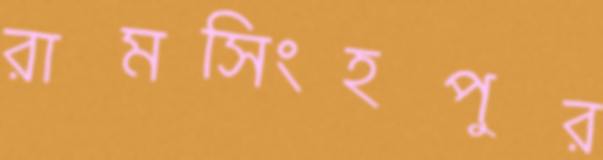
রামসিংহপুর